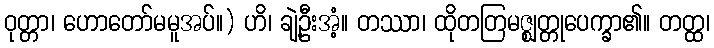
ဝုတ္တာ၊ ဟောတော်မမူအပ်။) ဟိ၊ ချဲ့ဦးအံ့။ တဿာ၊ ထိုတတြမဇ္ဈတ္တုပေက္ခာ၏။ တတ္ထ၊